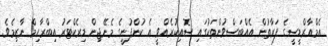
އެމްއާރްޑީސީގެ ފަރާތުން އެއްބަސްވުންތަކުގައި ސޮއިކުރެއްވީ އެ ކުންފުނީގެ މެނޭޖިން ޑިރެކްޓަރު އިބްރާހިމް ނާޒިމެވެ.